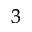
_ 3